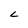
Character: L